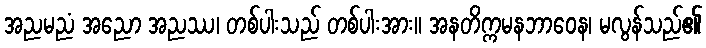
အညမညံ အညော အညဿ၊ တစ်ပါးသည် တစ်ပါးအား။ အနတိက္ကမနဘာဝေန၊ မလွန်သည်၏